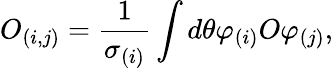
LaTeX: O_{(i,j)}=\frac{1}{\sigma_{(i)}}\int d\theta\varphi_{(i)}O\varphi_{(j)},